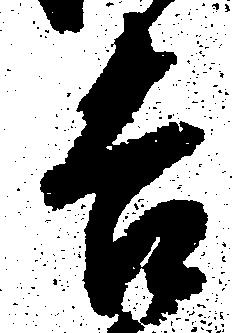
吉